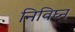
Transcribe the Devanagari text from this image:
निविघ्न